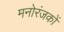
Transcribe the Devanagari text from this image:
मनोरंजकों